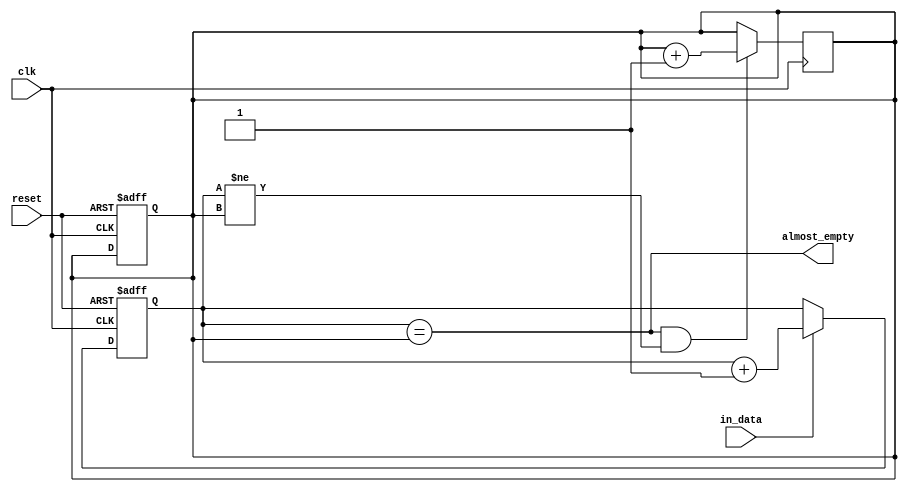
module Almost_Empty_FIFO (
  input wire clk,
  input wire reset,
  input wire in_data,
  output wire almost_empty
);

reg [7:0] fifo_buffer [3:0]; // FIFO buffer with 4 slots
reg [1:0] write_ptr = 0;
reg [1:0] read_ptr = 0;

assign almost_empty = (write_ptr == read_ptr);

always @(posedge clk or posedge reset) begin
  if (reset) begin
    write_ptr <= 0;
    read_ptr <= 0;
  end else if (in_data) begin
    fifo_buffer[write_ptr] <= in_data;
    write_ptr <= write_ptr + 1;
  end
end

always @(posedge clk) begin
  if (almost_empty && (write_ptr != read_ptr)) begin
    read_ptr <= read_ptr + 1;
  end
end

endmodule